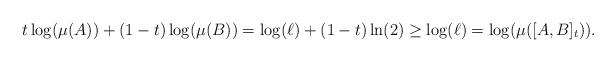
LaTeX: \begin{align*}t\log(\mu(A)) + (1-t)\log(\mu(B)) = \log(\ell) + (1-t)\ln(2)\geq \log(\ell) = \log(\mu([A,B]_t)).\end{align*}